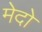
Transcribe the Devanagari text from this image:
मेदो